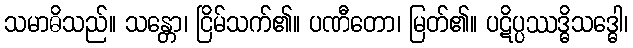
သမာဓိသည်။ သန္တော၊ ငြိမ်သက်၏။ ပဏီတော၊ မြတ်၏။ ပဋိပ္ပဿဒ္ဓိသဒ္ဓေါ၊